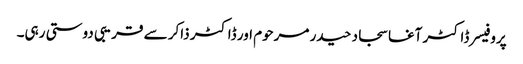
پروفیسر ڈاکٹر آغا سجاد حیدر مرحوم اور ڈاکٹر ذاکر سے قریبی دوستی رہی۔